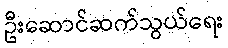
ဦးဆောင်ဆက်သွယ်ရေး